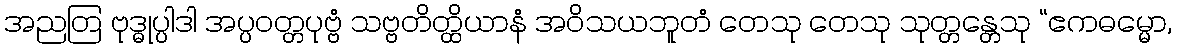
အညတြ ဗုဒ္ဓုပ္ပါဒါ အပ္ပဝတ္တပုဗ္ဗံ သဗ္ဗတိတ္ထိယာနံ အဝိသယဘူတံ တေသု တေသု သုတ္တန္တေသု “ဧကဓမ္မော,